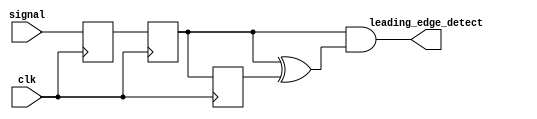
`default_nettype none
`timescale 1ns/1ps
module edge_detect (
    input wire              clk,
    input wire              signal,
    output wire             leading_edge_detect
    );

reg q0;
reg q1;
reg q2;
wire edge_detect = q1 ^ q2;
assign leading_edge_detect = q1 & (edge_detect);

always @(posedge clk) begin
    q0 <= signal;
    q1 <= q0;
    q2 <= q1;
end

endmodule